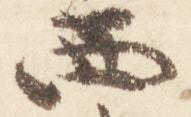
西